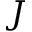
J